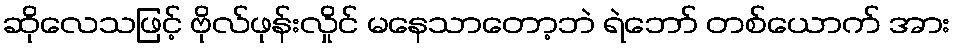
ဆိုလေသဖြင့် ဗိုလ်ဖုန်းလှိုင် မနေသာတော့ဘဲ ရဲဘော် တစ်ယောက် အား